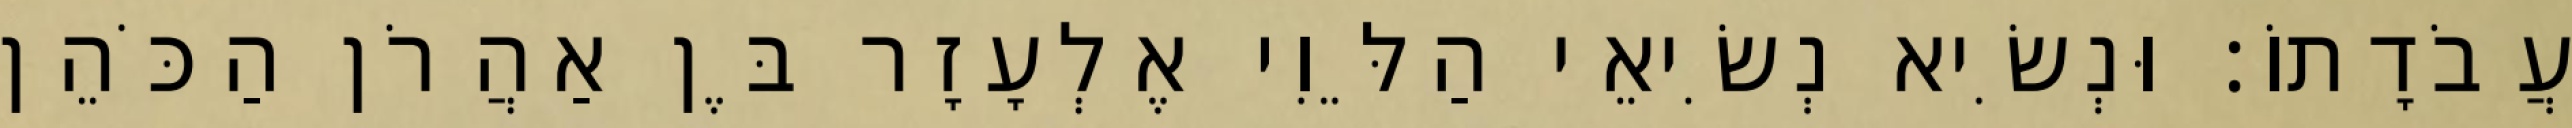
עֲבֹדָתוֹ׃ וּנְשִׂיא נְשִׂיאֵי הַלֵּוִי אֶלְעָזָר בֶּן אַהֲרֹן הַכֹּהֵן